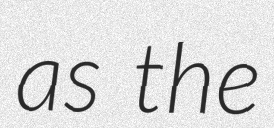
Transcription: as the